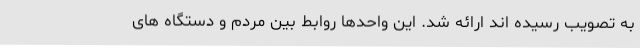
به تصویب رسیده اند ارائه شد. این واحدها روابط بین مردم و دستگاه های